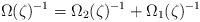
LaTeX: \begin{align*} \Omega(\zeta)^{-1} = \Omega_{2}(\zeta)^{-1} + \Omega_{1}(\zeta)^{-1}\end{align*}